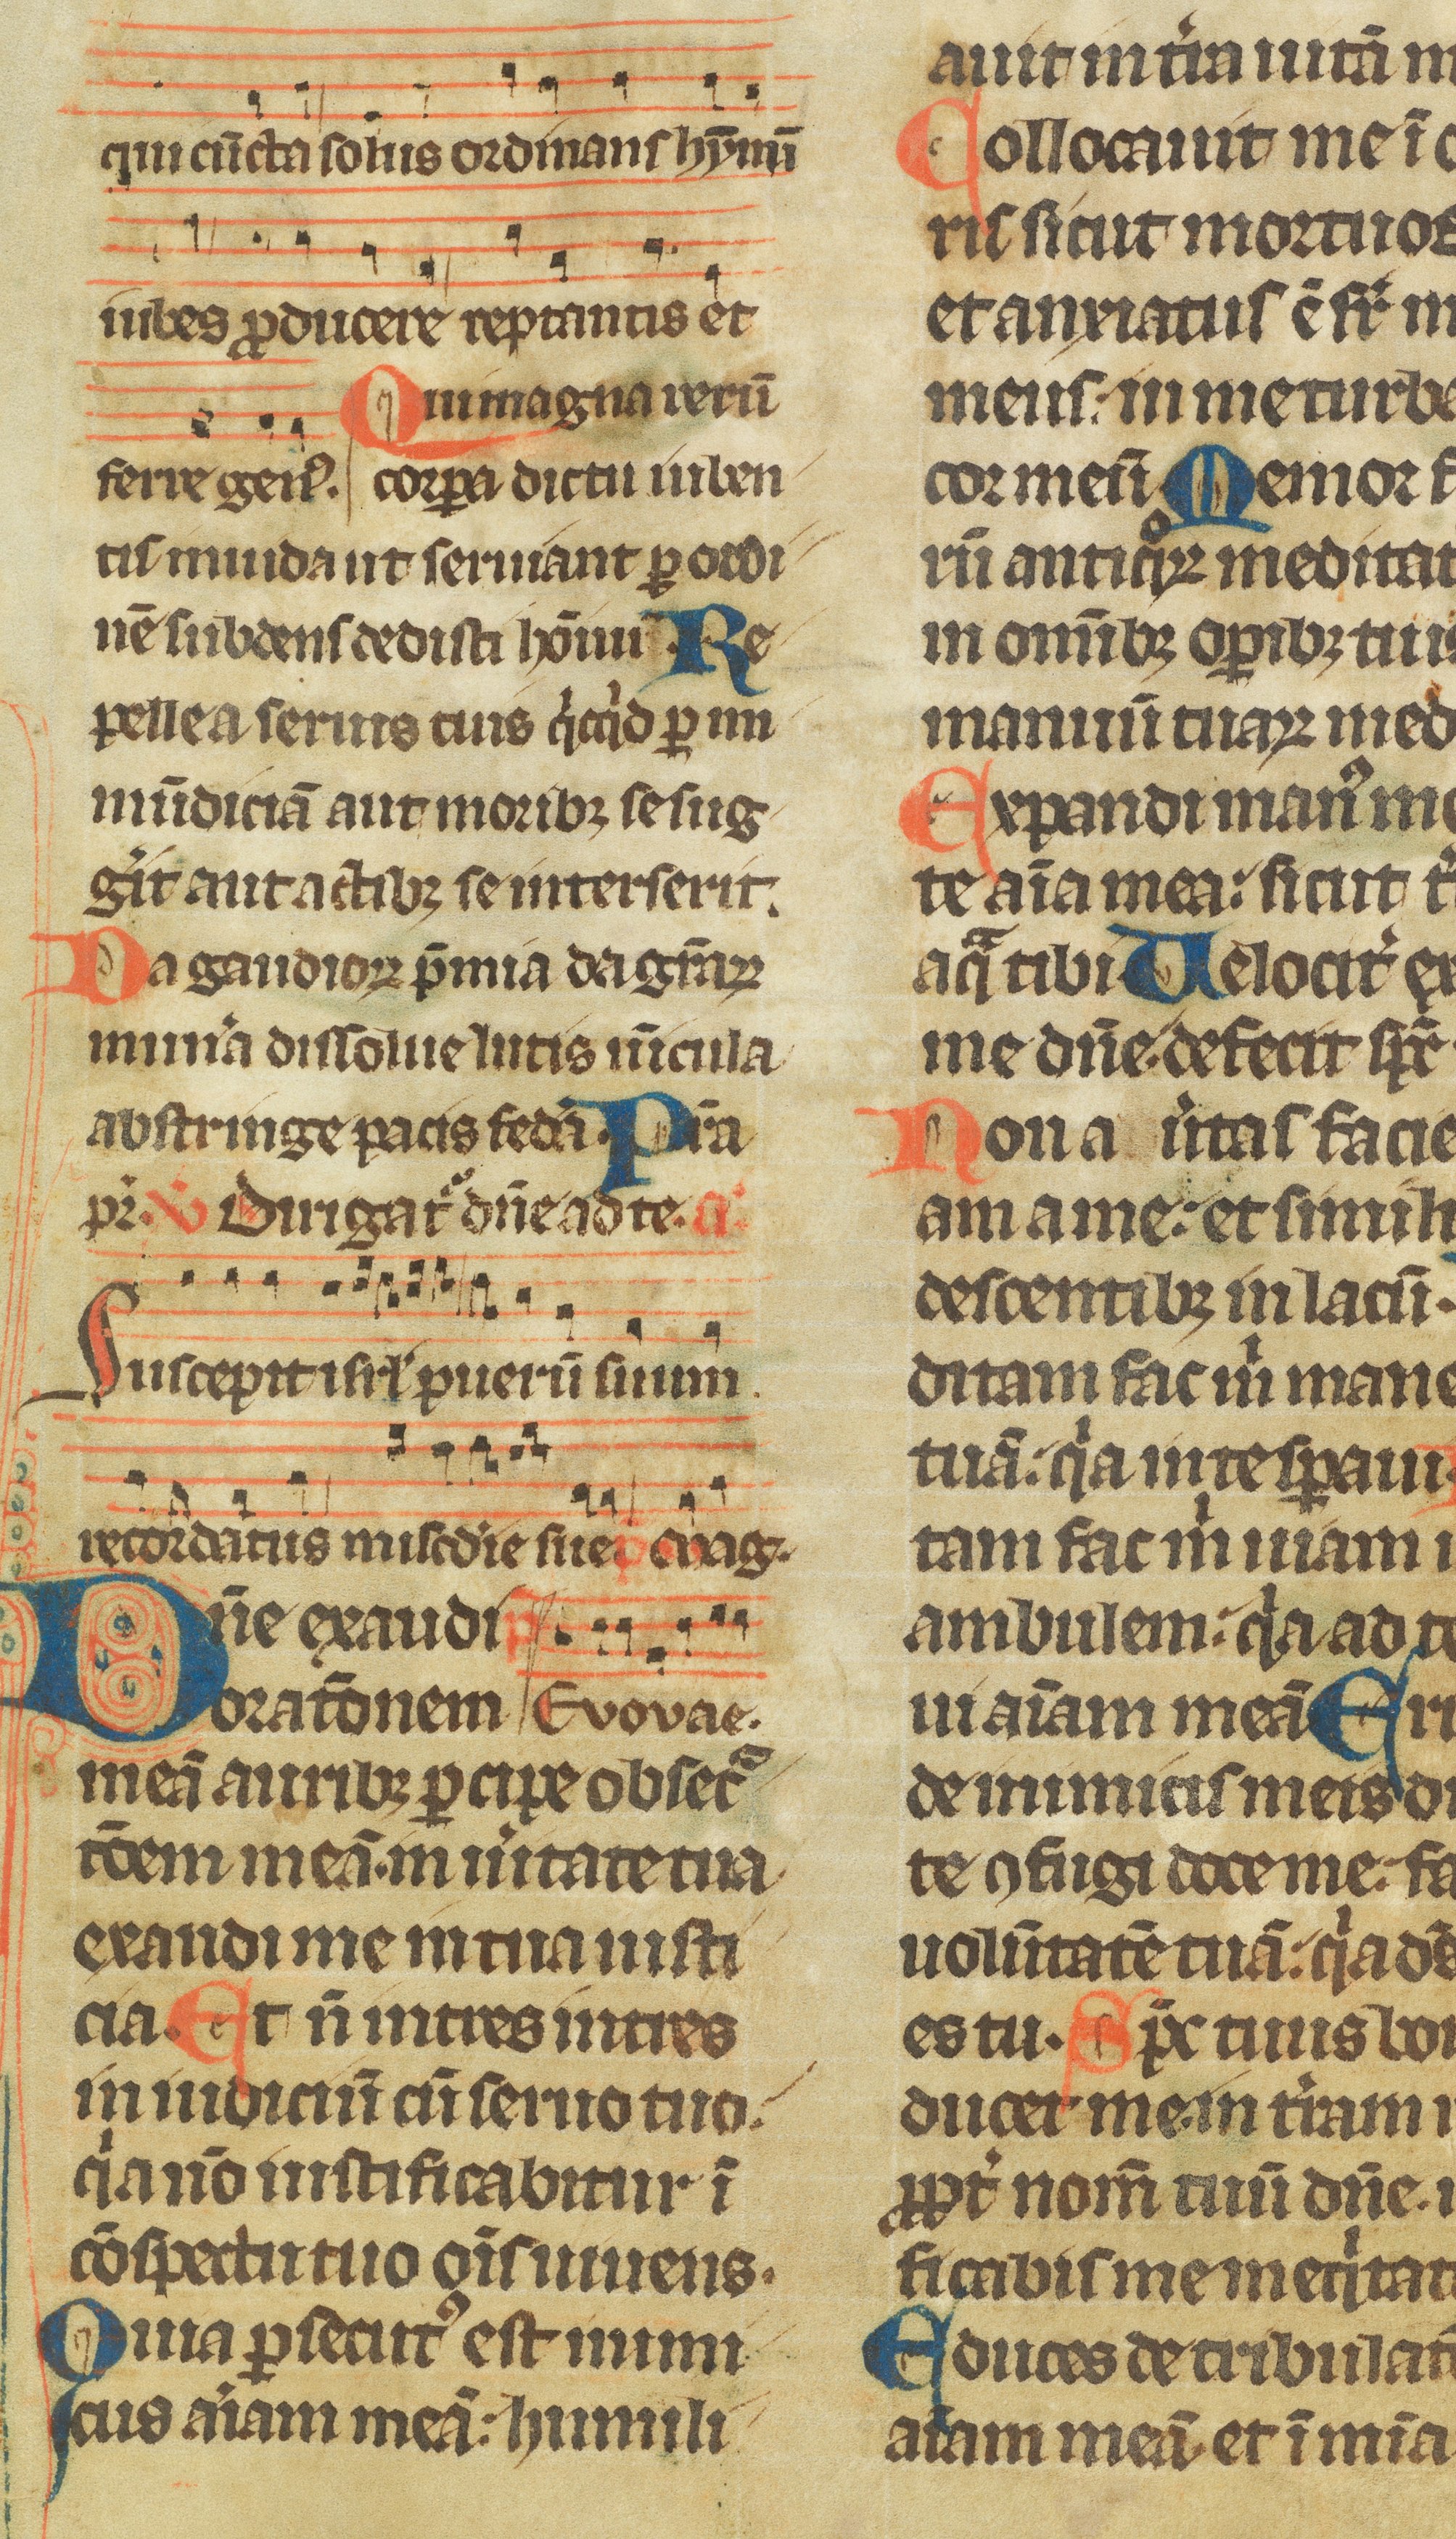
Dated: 1300–1349